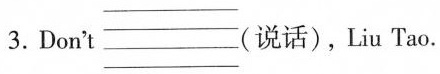
3.Don't (说话), Liu Tao.